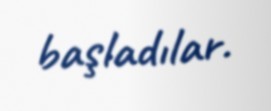
başladılar.